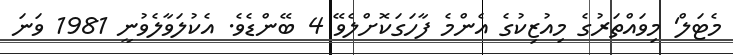
މެޓަލް' މިވައްތަރުގެ މިއުޒިކުގެ އެންމެ ފާހަގަކޮށްލެވޭ 4 ބޭންޑެވެ. އެކުލަވާލެވުނީ 1981 ވަނަ